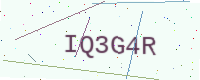
Text: IQ3G4R